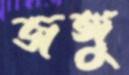
জঙ্গু